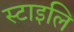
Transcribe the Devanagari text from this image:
स्टाइलि